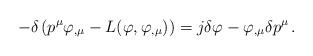
LaTeX: \begin{align*} - \delta \left( p^\mu \varphi_{, \mu} - L(\varphi,\varphi_{, \mu}) \right) = j \delta \varphi - \varphi_{, \mu} \delta p^\mu \, .\end{align*}